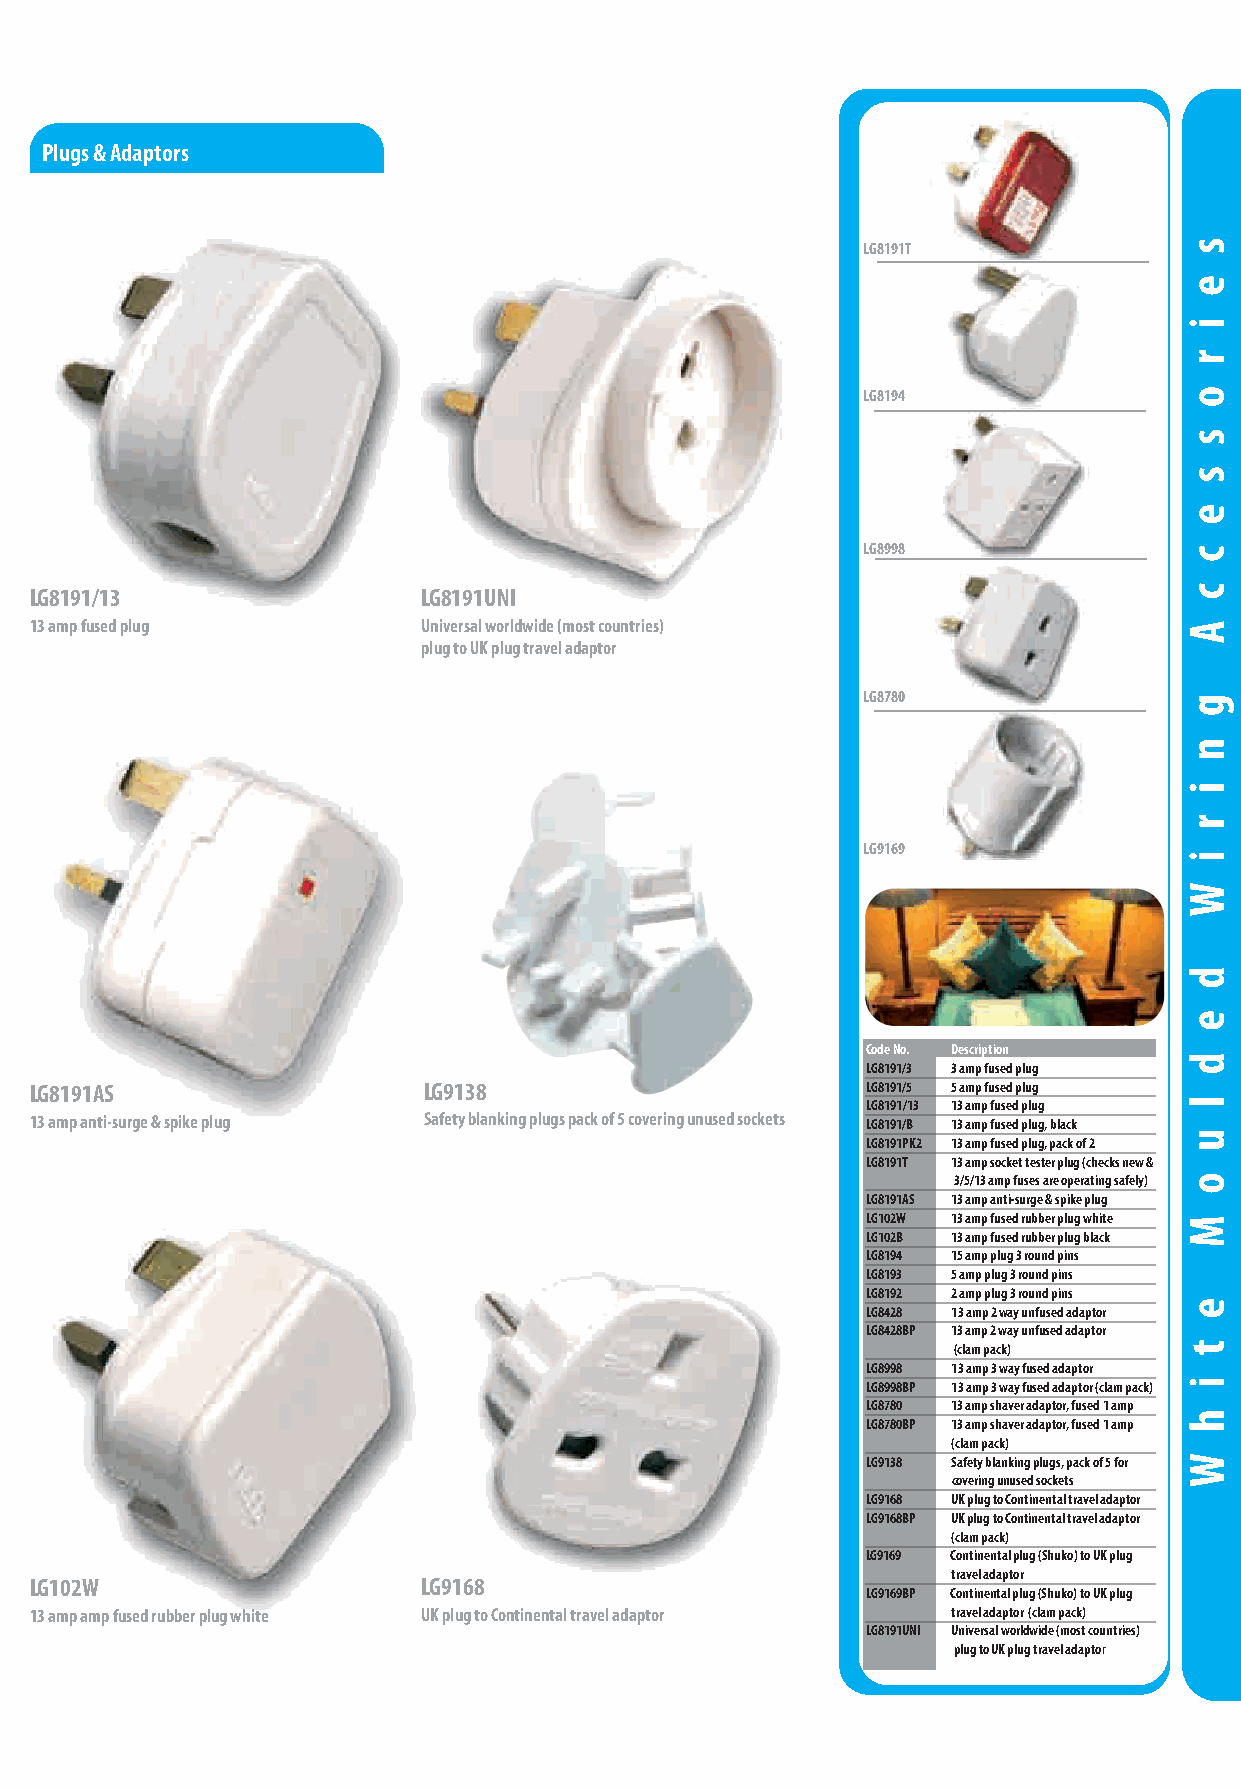
White Moulded Wiring Accessories
 Plugs & Adaptors
 LG8191T
 LG8194
 LG8998
 LG8191/13                 LG8191UNI
 13 amp fused plug         Universal worldwide (most countries)
 plug to UK plug travel adaptor
 LG8780
 LG9169
 Code No. Description
 LG8191/3 3 amp fused plug
 LG8191AS                  LG9138                       LG8191/5 5 amp fused plug
 LG8191/13 13 amp fused plug
 13 amp anti-surge & spike plug Safety blanking plugs pack of 5 covering unused sockets LG8191/B 13 amp fused plug, black
 LG8191PK2 13 amp fused plug, pack of 2
 LG8191T 13 amp socket tester plug (checks new &
 3/5/13 amp fuses are operating safely)
 LG8191AS 13 amp anti-surge & spike plug
 LG102W 13 amp fused rubber plug white
 LG102B 13 amp fused rubber plug black
 LG8194 15 amp plug 3 round pins
 LG8193 5 amp plug 3 round pins
 LG8192 2 amp plug 3 round pins
 LG8428 13 amp 2 way unfused adaptor
 LG8428BP 13 amp 2 way unfused adaptor
 (clam pack)
 LG8998 13 amp 3 way fused adaptor
 LG8998BP 13 amp 3 way fused adaptor (clam pack)
 LG8780 13 amp shaver adaptor, fused 1 amp
 LG8780BP 13 amp shaver adaptor, fused 1 amp
 (clam pack)
 LG9138 Safety blanking plugs, pack of 5 for
 covering unused sockets
 LG9168 UK plug to Continental travel adaptor
 LG9168BP UK plug to Continental travel adaptor
 (clam pack)
 LG9169 Continental plug (Shuko) to UK plug
 travel adaptor
 LG102W                    LG9168
 LG9169BP Continental plug (Shuko) to UK plug
 13 amp amp fused rubber plug white UK plug to Continental travel adaptor travel adaptor (clam pack)
 LG8191UNI Universal worldwide (most countries)
 plug to UK plug travel adaptor
 call to order +44 (0)161 745 7777 fax to order +44 (0)161 745 2777 email: sales@selectricuk.co.uk website: www.selectricuk.co.uk 25
 s
 e
 i
 r
 o
 s
 s
 e
 c
 c
 A
 g
 n
 i
 r
 i
 W
 d
 e
 d
 l
 u
 o
 M
 e
 t
 i
 h
 W